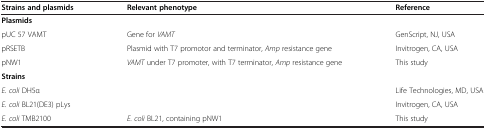
<table><thead><tr><td><b>Strains and plasmids</b></td><td><b>Relevant phenotype</b></td><td><b>Reference</b></td></tr></thead><tbody><tr><td><b>Plasmids</b></td><td> </td><td> </td></tr><tr><td>pUC 57 VAMT</td><td>Gene for <i>VAMT</i></td><td>GenScript, NJ, USA</td></tr><tr><td>pRSETB</td><td>Plasmid with T7 promotor and terminator, <i>Amp</i> resistance gene</td><td>Invitrogen, CA, USA</td></tr><tr><td>pNW1</td><td><i>VAMT</i> under T7 promoter, with T7 terminator, <i>Amp</i> resistance gene</td><td>This study</td></tr><tr><td><b>Strains</b></td><td> </td><td> </td></tr><tr><td><i>E. coli</i> DH5α</td><td> </td><td>Life Technologies, MD, USA</td></tr><tr><td><i>E. coli</i> BL21(DE3) pLys</td><td> </td><td>Invitrogen, CA, USA</td></tr><tr><td><i>E. coli</i> TMB2100</td><td><i>E. coli</i> BL21, containing pNW1</td><td>This study</td></tr></tbody></table>